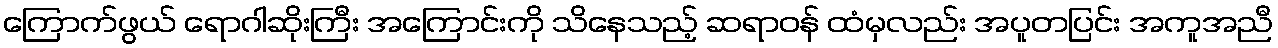
ကြောက်ဖွယ် ရောဂါဆိုးကြီး အကြောင်းကို သိနေသည့် ဆရာဝန် ထံမှလည်း အပူတပြင်း အကူအညီ